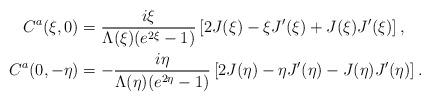
LaTeX: \begin{align*}C^a(\xi,0) &= \frac{i\xi}{\Lambda(\xi)(e^{2\xi} - 1)} \left [2J(\xi) - \xi J'(\xi) + J(\xi) J'(\xi) \right], \\C^a(0,-\eta) &= -\frac{i\eta}{\Lambda(\eta)(e^{2\eta} - 1)}\left[ 2J(\eta) - \eta J'(\eta) - J(\eta)J'(\eta) \right].\end{align*}